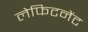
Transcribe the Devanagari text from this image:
लेफिटनेंट